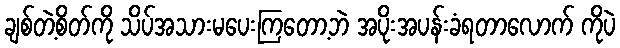
ချစ်တဲ့စိတ်ကို သိပ်အသားမပေးကြတော့ဘဲ အပိုးအပန်းခံရတာလောက် ကိုပဲ